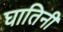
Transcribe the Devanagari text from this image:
घातिनी